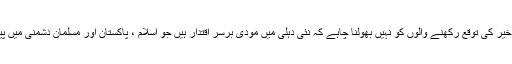
بھارت سے خیر کی توقع رکھنے والوں کو نہیں بھولنا چاہے کہ نئی دہلی میں مودی برسر اقتدار ہیں جو اسلام ، پاکستان اور مسلمان دشمنی میں پیش پیش ہیں۔